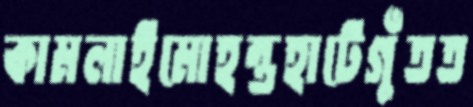
কামলাইমোহন্তহাটেগুঁতত